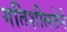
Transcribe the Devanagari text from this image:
गतिशीलतेने